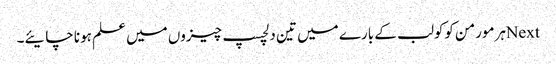
Nextہرمورمن کوکولب کے بارے میں تین دلچسپ چیزوں میں علم ہونا چایئے۔